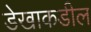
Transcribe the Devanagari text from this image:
डेखाकडील